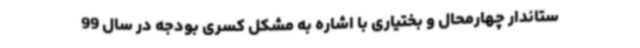
ستاندار چهارمحال و بختیاری با اشاره به مشکل کسری بودجه در سال 99